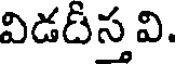
విడదీస్త వి.